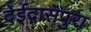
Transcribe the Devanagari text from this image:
देईदासपुरा